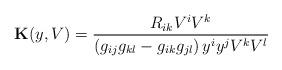
LaTeX: \begin{align*}\mathbf{K}(y, V) = \frac{ R_{ik} V^i V^k}{\left(g_{ij}g_{kl}-g_{ik}g_{jl}\right)y^iy^jV^kV^l}\end{align*}